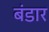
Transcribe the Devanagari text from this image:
बंडार